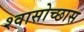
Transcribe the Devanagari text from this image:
श्वासोच्छास